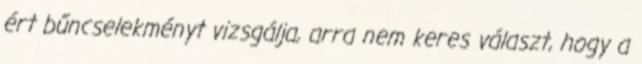
ért bűncselekményt vizsgálja, arra nem keres választ, hogy a